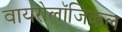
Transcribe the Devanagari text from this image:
वायरोलॉजिकल